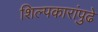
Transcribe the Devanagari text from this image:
शिल्पकारांपुढे